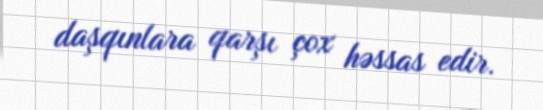
daşqınlara qarşı çox həssas edir.